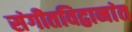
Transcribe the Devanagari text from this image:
संगीतविद्वानांत